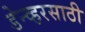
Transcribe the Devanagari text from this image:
डेन्व्हरसाठी